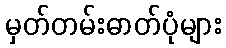
မှတ်တမ်းဓာတ်ပုံများ